Scientific memoirs by medical officers of the Army of India - Part XI,
Year: 1898
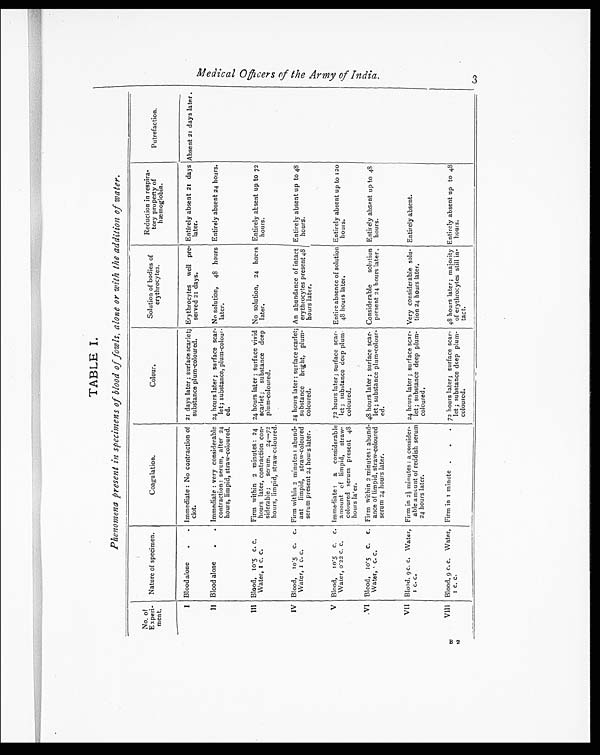
TABLE I.
Phenomena present in specimens of blood of fowls, alone or with the addition of water.
No. of
Experi-
ment.
Nature of specimen.
Coagulation.
Colour.
Solution of bodies of
erythrocytes.
Reduction in respira-
tory property of
hæmoglobin.
Putrefaction.
Blood alone
.
. Immediate : No contraction of
clot.
21 days later ; surface scarlet;
substance plum-coloured.
Erythrocytes well pre-
served 21 days.
Entirely absent 21 days
later.
Absent 21 days later.
I
I I Blood alone
.
. Immediate : very considerable
contraction : serum, after 24
hours, limpid, straw-coloured.
24 hours later; surface scar-
let; substance, plum-colou r -
ed.
No solution, 48 hours
later.
Entirely absent 24 hours.
III Blood, 10.5 c. c.
Water, 1 c. c.
Firm within 2 minutes : 24
hours later, contraction con-
siderable; serum,
24—72
hours, limpid, straw-coloured.
24 hours later ; surface vivid
scarlet; substance deep
plum-coloured.
No solution, 24 hours
later.
Entirely absent up to 72
hours.
IV Blood, 10.5 c. c.
Water, 1 c. c.
Firm within 2 minutes : abund-
ant limpid, straw-coloured
serum present 24 hours later.
24 hours later ; surface scarlet;
substance bright, plum-
coloured.
An abundance of intact
erythrocytes present 48
hours later.
Entirely absent up to 48
hours.
V Blood, 10.5 c. c.
Water, 0.22 c. c.
Immediate : a considerable
amount of limpid, straw-
coloured serum present 48
hours later.
72 hours later ; surface scar-
let ; substance deep plum-
coloured.
Entire absence of solution
48 hours later.
Entirely absent up to 12
0
hours.
VI Blood, 10.5 c. c.
Water, c. c.
Firm within 2 minutes: abund-
ance of limpid, straw-coloured
serum 24 hours later.
48 hours later ; surface scar-
let ; substance plum-colour-
ed.
Considerable solution
present 24 hours later.
Entirety absent up to 4
8
hours.
VII Blood, 9 c. c. Water,
1 c . C.
Firm in 2½ minutes : a consider-
able amount of reddish serum
24 hours later.
24 hours later ; surface scar-
let ; substance deep plum-
coloured.
Very considerable solu-
tion 24 hours later.
Entirely absent.
VIII Blood, 9 c. c. Water,
1 c. c .
Firm in 1 minute .
. . 72 hours later; surface scar-
let ; substance deep plum-
coloured.
48 hours later ; majority
of erythrocytes still in-
tact.
Entirely absent up to 48
hours.